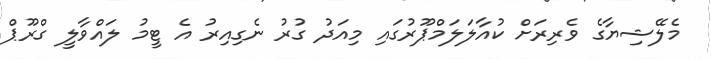
މެލޭޝިޔާގެ ވެރިރަށް ކުއާލަލަމްޕޫރުގައި މިއަދު ގުރު ނެގިއިރު އެ ޓީމު ލައްވާލީ ގްރޫޕް